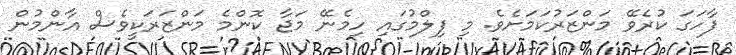
ފާހަގަ ކުރެވޭ މަންޒަރުކަމަށެވެ. މި ފިލްމުގައި ހިމެނޭ މަޖާ ކޮންމެ މަންޒަރަކީވެސް އާންމުން